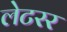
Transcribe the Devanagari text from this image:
लेटरर